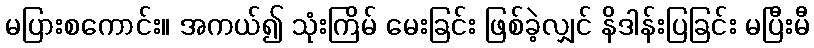
မပြားစကောင်း။ အကယ်၍ သုံးကြိမ် မေးခြင်း ဖြစ်ခဲ့လျှင် နိဒါန်းပြခြင်း မပြီးမီ